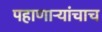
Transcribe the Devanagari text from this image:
पहाणाऱ्यांचाच